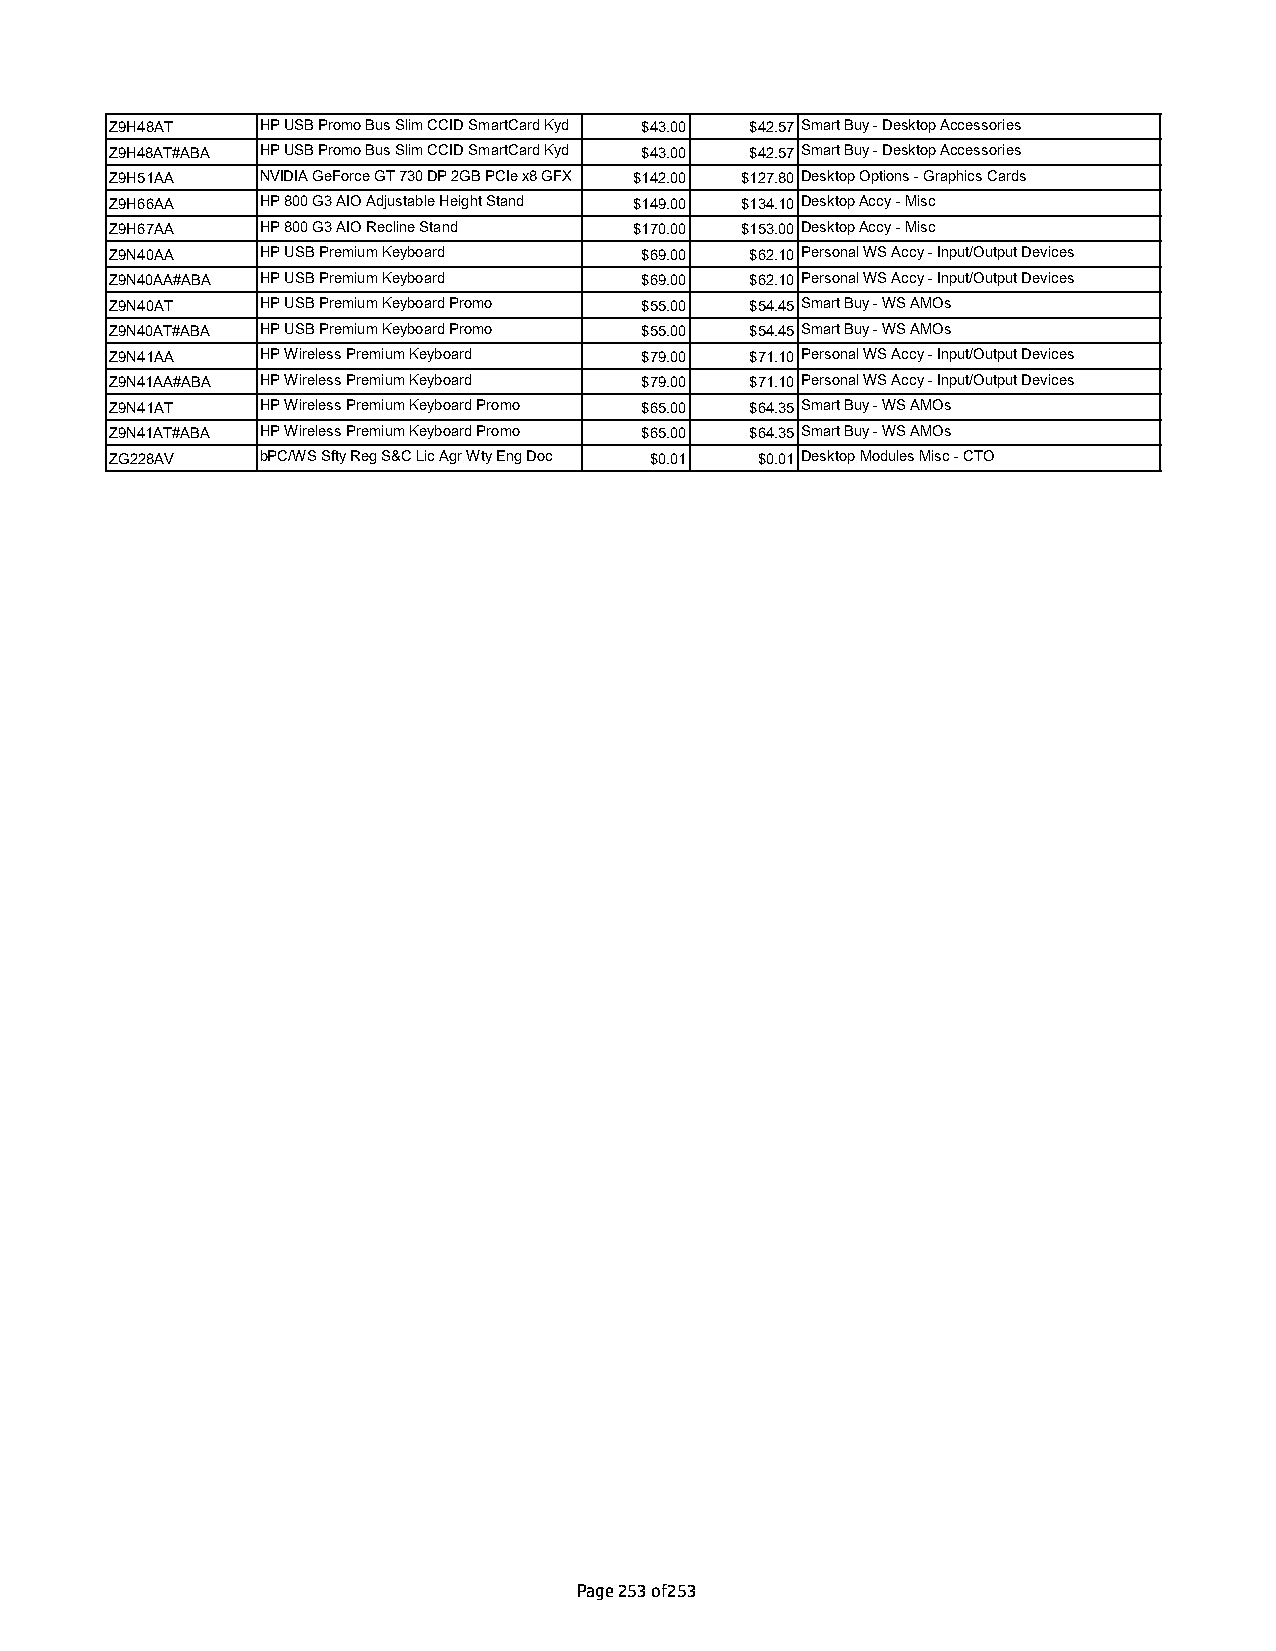
Z9H48AT   HP USB Promo Bus Slim CCID SmartCard Kyd $43.00 $42.57 Smart Buy - Desktop Accessories
 Z9H48AT#ABA HP USB Promo Bus Slim CCID SmartCard Kyd $43.00 $42.57 Smart Buy - Desktop Accessories
 Z9H51AA   NVIDIA GeForce GT 730 DP 2GB PCIe x8 GFX $142.00 $127.80 Desktop Options - Graphics Cards
 Z9H66AA   HP 800 G3 AIO Adjustable Height Stand $149.00 $134.10 Desktop Accy - Misc
 Z9H67AA   HP 800 G3 AIO Recline Stand $170.00 $153.00 Desktop Accy - Misc
 Z9N40AA   HP USB Premium Keyboard  $69.00 $62.10 Personal WS Accy - Input/Output Devices
 Z9N40AA#ABA HP USB Premium Keyboard $69.00 $62.10 Personal WS Accy - Input/Output Devices
 Z9N40AT   HP USB Premium Keyboard Promo $55.00 $54.45 Smart Buy - WS AMOs
 Z9N40AT#ABA HP USB Premium Keyboard Promo $55.00 $54.45 Smart Buy - WS AMOs
 Z9N41AA   HP Wireless Premium Keyboard $79.00 $71.10 Personal WS Accy - Input/Output Devices
 Z9N41AA#ABA HP Wireless Premium Keyboard $79.00 $71.10 Personal WS Accy - Input/Output Devices
 Z9N41AT   HP Wireless Premium Keyboard Promo $65.00 $64.35 Smart Buy - WS AMOs
 Z9N41AT#ABA HP Wireless Premium Keyboard Promo $65.00 $64.35 Smart Buy - WS AMOs
 ZG228AV   bPC/WS Sfty Reg S&C Lic Agr Wty Eng Doc $0.01 $0.01 Desktop Modules Misc - CTO
 Page 253 of253